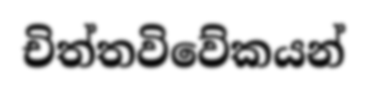
චිත්තවිවේකයන්